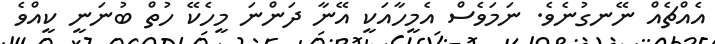
އެއްޗެއް ނޭނގުނެވެ. ނަމަވެސް އެމީހާއަކީ އޭނާ ދަންނަ މީހެކޭ ހުތް ބުނަނީ ކީއްވެ